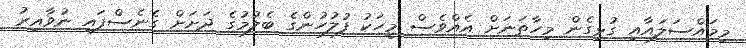
މިމައްސަލައާއި ގުޅިގެން މިހާތަނަށް އެއްވެސް މީހަކު ފުލުހުންގެ ބެލުމުގެ ދަށަށް ގެނެސްފައި ނުވާއިރު